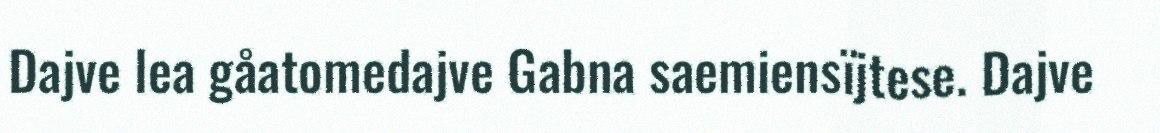
Dajve lea gåatomedajve Gabna saemiensïjtese. Dajve